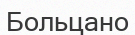
Больцано